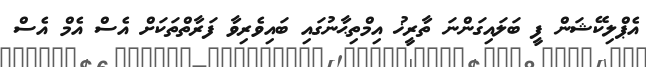
އެޕްލިކޭޝަން ފީ ބަލައިގަންނަ ތާރީޚު އިމްތިޙާނުގައި ބައިވެރިވާ ފަރާތްތަކަށް އެސް އެމް އެސް